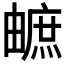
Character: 𤳐